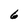
Character: 6